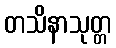
တသိနာသုတ္တ